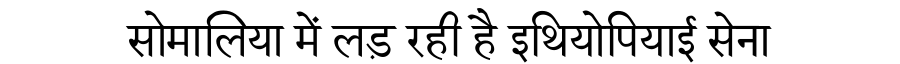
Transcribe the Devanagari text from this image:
सोमालिया में लड़ रही है इथियोपियाई सेना